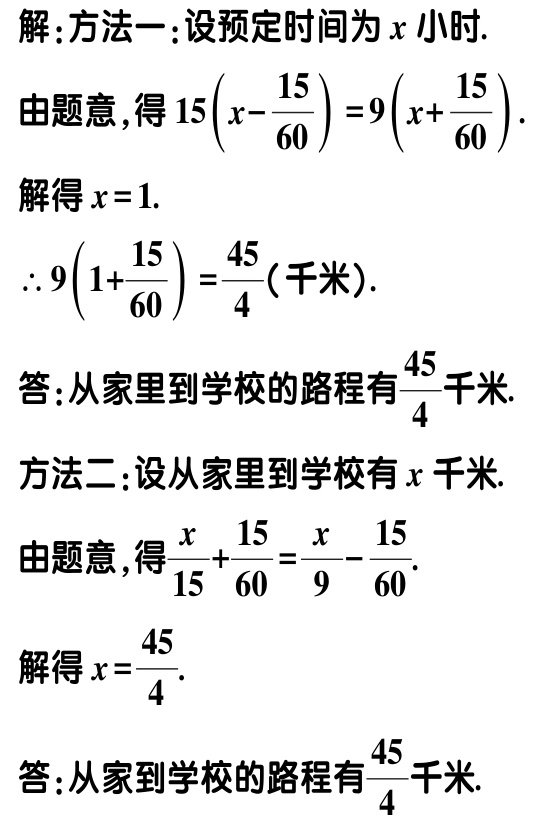
解：方法一：设预定时间为\(x\)小时.

由题意，得\(15\left(x - \dfrac{15}{60}\right)=9\left(x + \dfrac{15}{60}\right)\).

解得\(x = 1\).

\(\therefore 9\left(1 + \dfrac{15}{60}\right)=\dfrac{45}{4}\)（千米）.

答：从家里到学校的路程有\(\dfrac{45}{4}\)千米.

方法二：设从家里到学校有\(x\)千米.

由题意，得\(\dfrac{x}{15}+\dfrac{15}{60}=\dfrac{x}{9}-\dfrac{15}{60}\).

解得\(x = \dfrac{45}{4}\).

答：从家到学校的路程有\(\dfrac{45}{4}\)千米.